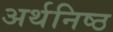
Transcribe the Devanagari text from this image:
अर्थनिष्ठ